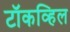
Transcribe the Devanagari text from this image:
टॉकव्हिल